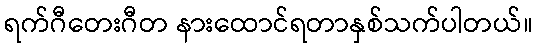
ရက်ဂီတေးဂီတ နားထောင်ရတာနှစ်သက်ပါတယ်။